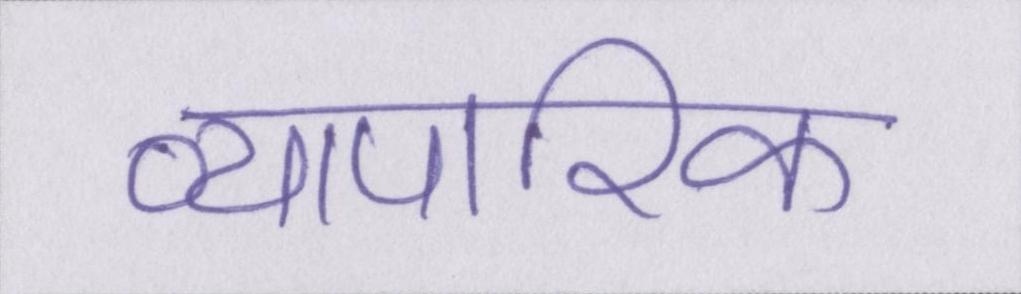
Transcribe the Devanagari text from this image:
व्यापारिक